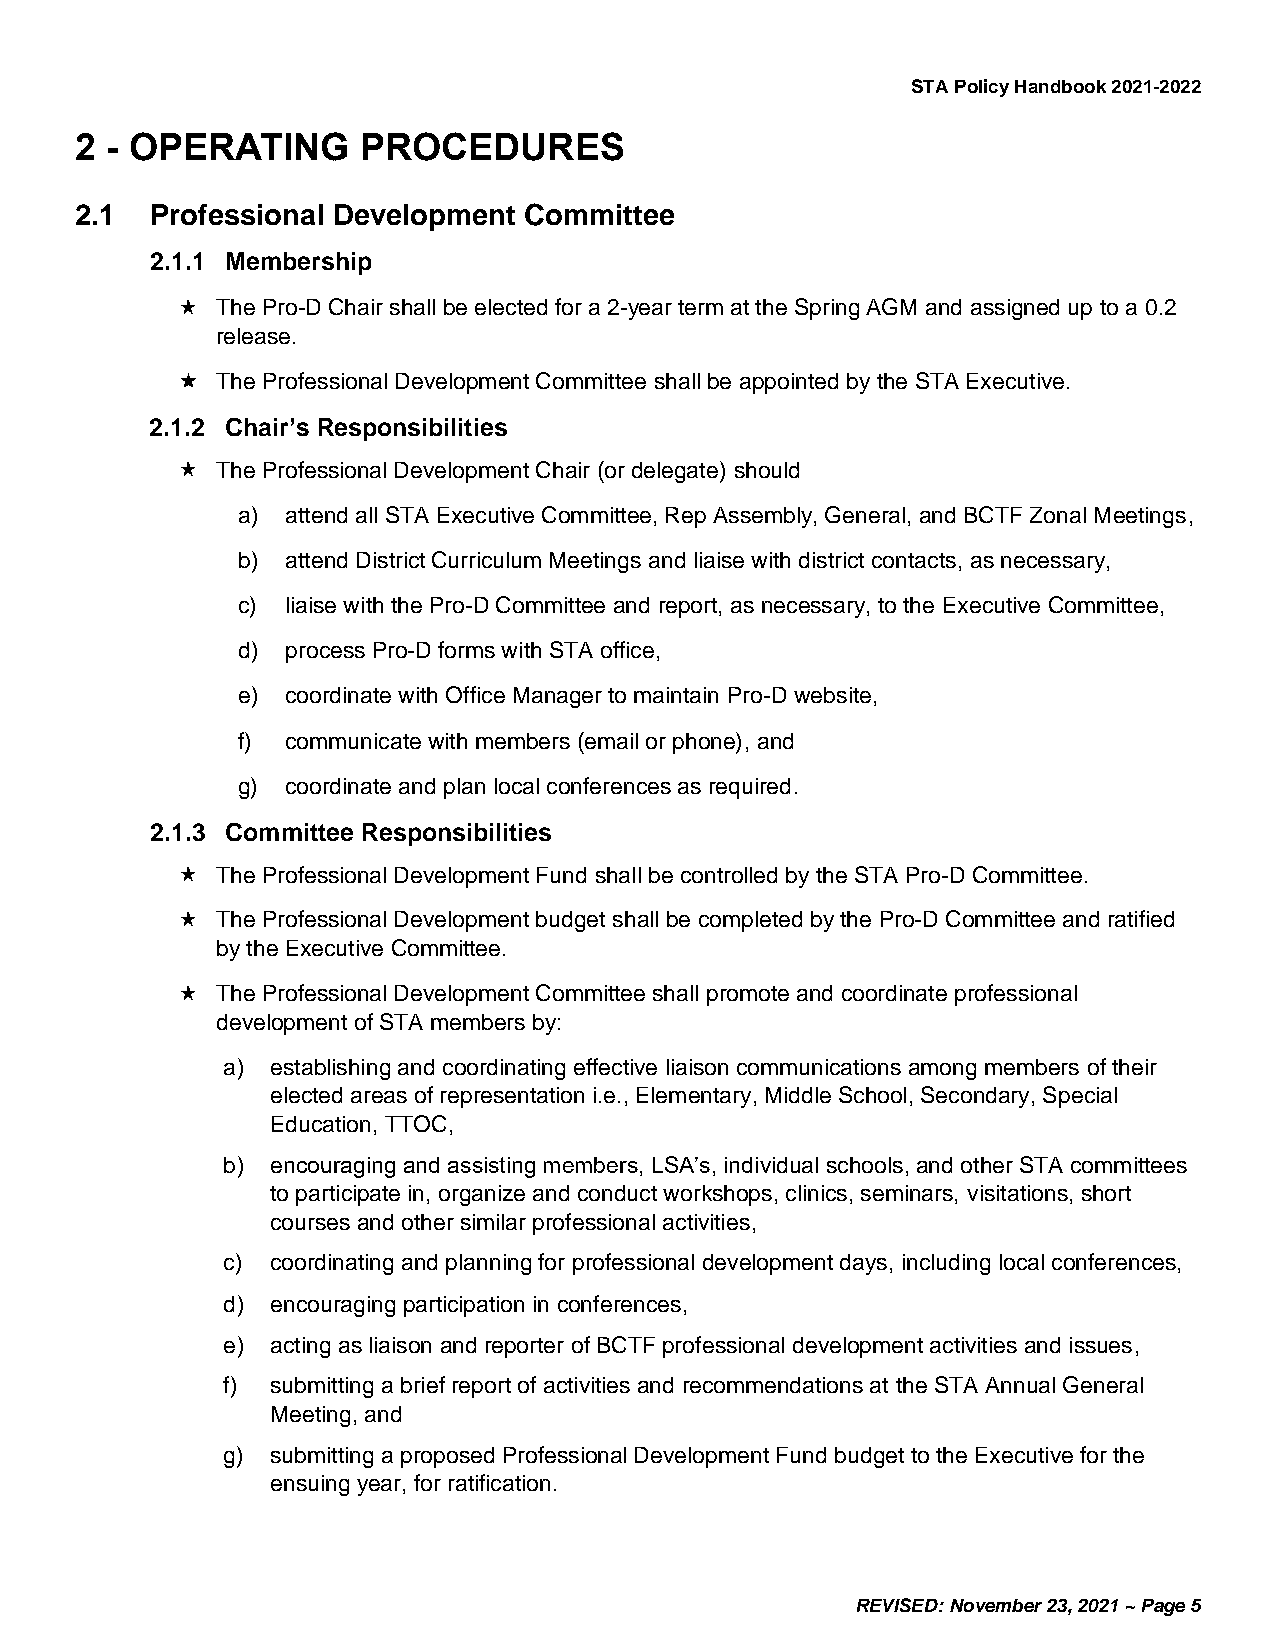
STA Policy Handbook 2021-2022
 2 - OPERATING      PROCEDURES
 2.1  Professional Development Committee
 2.1.1 Membership
 The Pro-D Chair shall be elected for a 2-year term at the Spring AGM and assigned up to a 0.2
 release.
 The Professional Development Committee shall be appointed by the STA Executive.
 2.1.2 Chair’s Responsibilities
 The Professional Development Chair (or delegate) should
 a) attend all STA Executive Committee, Rep Assembly, General, and BCTF Zonal Meetings,
 b) attend District Curriculum Meetings and liaise with district contacts, as necessary,
 c) liaise with the Pro-D Committee and report, as necessary, to the Executive Committee,
 d) process Pro-D forms with STA office,
 e) coordinate with Office Manager to maintain Pro-D website,
 f) communicate with members (email or phone), and
 g) coordinate and plan local conferences as required.
 2.1.3 Committee Responsibilities
 The Professional Development Fund shall be controlled by the STA Pro-D Committee.
 The Professional Development budget shall be completed by the Pro-D Committee and ratified
 by the Executive Committee.
 The Professional Development Committee shall promote and coordinate professional
 development of STA members by:
 a) establishing and coordinating effective liaison communications among members of their
 elected areas of representation i.e., Elementary, Middle School, Secondary, Special
 Education, TTOC,
 b) encouraging and assisting members, LSA’s, individual schools, and other STA committees
 to participate in, organize and conduct workshops, clinics, seminars, visitations, short
 courses and other similar professional activities,
 c) coordinating and planning for professional development days, including local conferences,
 d) encouraging participation in conferences,
 e) acting as liaison and reporter of BCTF professional development activities and issues,
 f) submitting a brief report of activities and recommendations at the STA Annual General
 Meeting, and
 g) submitting a proposed Professional Development Fund budget to the Executive for the
 ensuing year, for ratification.
 REVISED: November 23, 2021 ~ Page 5